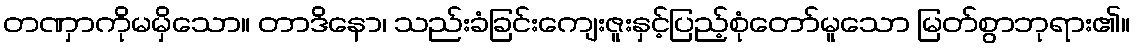
တဏှာကိုမမှိသော။ တာဒိနော၊ သည်းခံခြင်းကျေးဇူးနှင့်ပြည့်စုံတော်မူသော မြတ်စွာဘုရား၏။